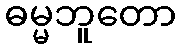
ဓမ္မဘူတော